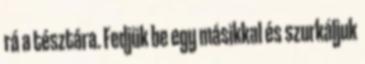
rá a tésztára. Fedjük be egy másikkal és szurkáljuk